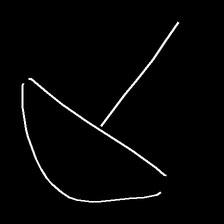
Glyph: dispersion